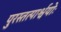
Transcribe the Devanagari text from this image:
पुरस्तत्पार्श्वयोः